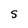
Character: S